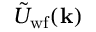
\tilde { U } _ { \mathrm { w f } } ( \mathbf { k } )